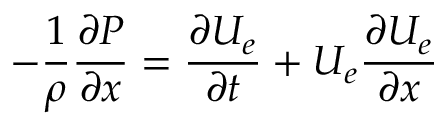
- \frac { 1 } { \rho } \frac { \partial P } { \partial x } = \frac { \partial U _ { e } } { \partial t } + U _ { e } \frac { \partial U _ { e } } { \partial x }